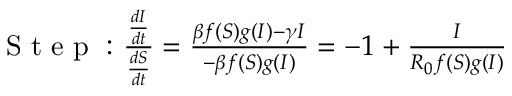
\begin{array} { r } { \mathrm { ~ S ~ t ~ e ~ p ~ : ~ } \frac { \frac { d I } { d t } } { \frac { d S } { d t } } = \frac { \beta f ( S ) g ( I ) - \gamma I } { - \beta f ( S ) g ( I ) } = - 1 + \frac { I } { R _ { 0 } f ( S ) g ( I ) } } \end{array}